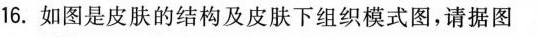
16.如图是皮肤的结构及皮肤下组织模式图